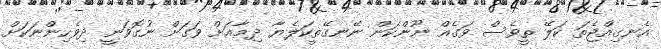
އެނގިއްޖެތަ ކަލޭ ތީވެސް ވަގެއް ނޫންކަން ނޭނގޭތީކަލެޔާ ދިމާއަށް ވަގަށް ނުގޮވަނީ ދިވެހިންނަކަށް